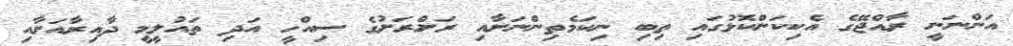
އަންނަނީ ރާއްޖޭގެ އެކިކަންކޮޅުގައި ތިބި ނިކަމެތިންނަށާއި ރަށްރަށުގެ ސިއްހީ އަދި ތައުލީމީ ދާއިރާއަށާއި